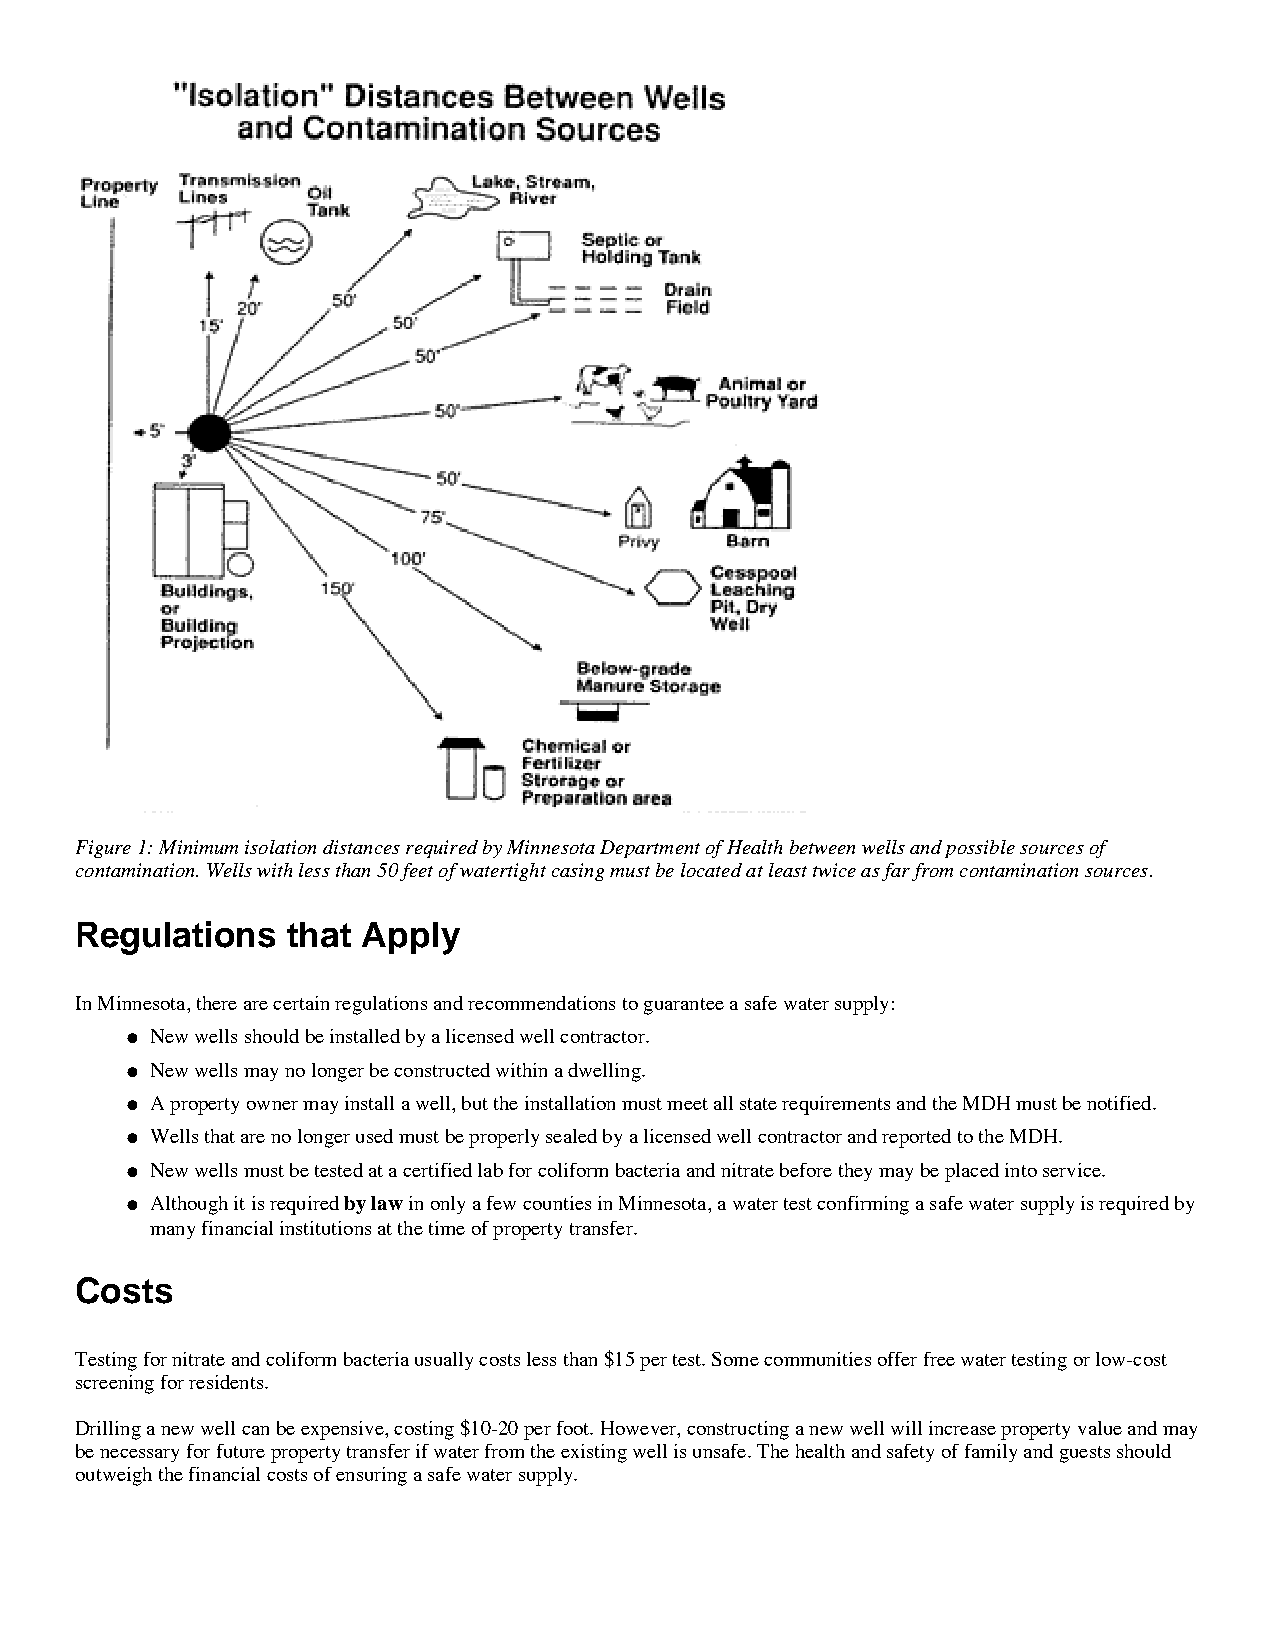
Figure 1: Minimum isolation distances required by Minnesota Department of Health between wells and possible sources of
 contamination. Wells with less than 50 feet of watertight casing must be located at least twice as far from contamination sources.
 Regulations   that Apply
 In Minnesota, there are certain regulations and recommendations to guarantee a safe water supply:
 New wells should be installed by a licensed well contractor.
 l
 New wells may no longer be constructed within a dwelling.
 l
 A property owner may install a well, but the installation must meet all state requirements and the MDH must be notified.
 l
 Wells that are no longer used must be properly sealed by a licensed well contractor and reported to the MDH.
 l
 New wells must be tested at a certified lab for coliform bacteria and nitrate before they may be placed into service.
 l
 l A lthough it is required by law in only a few counties in Minnesota, a water test confirming a safe water supply is required by
 many financial institutions at the time of property transfer.
 Costs
 Testing for nitrate and coliform bacteria usually costs less than $15 per test. Some communities offer free water testing or low-cost
 screening for residents.
 Drilling a new well can be expensive, costing $10-20 per foot. However, constructing a new well will increase property value and may
 be necessary for future property transfer if water from the existing well is unsafe. The health and safety of family and guests should
 outweigh the financial costs of ensuring a safe water supply.